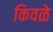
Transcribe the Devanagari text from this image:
किवळे